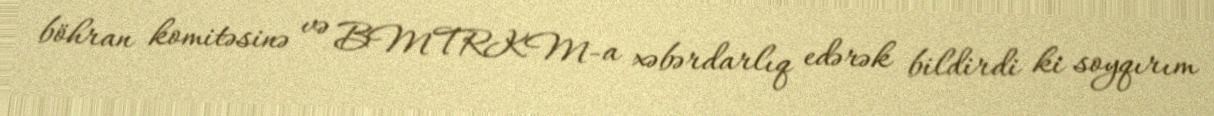
böhran komitəsinə və BMTRKM-a xəbərdarlıq edərək bildirdi ki soyqırım